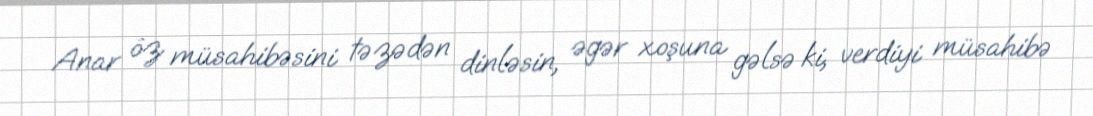
Anar öz müsahibəsini təzədən dinləsin, əgər xoşuna gəlsə ki, verdiyi müsahibə